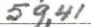
59,41